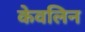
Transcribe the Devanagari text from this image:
केवलिन